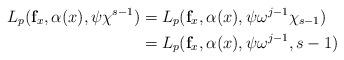
LaTeX: \begin{align*} L_{p}(\mathbf{f}_x,\alpha(x),\psi\chi^{s-1})&=L_{p}(\mathbf{f}_x,\alpha(x),\psi\omega^{j-1}\chi_{s-1})\\&=L_{p}(\mathbf{f}_x,\alpha(x),\psi\omega^{j-1},{s-1})\end{align*}